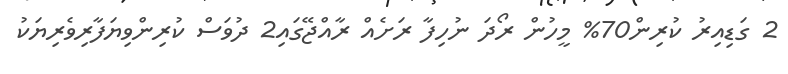
2 ގަޑިއިރު ކުރިން70% މީހުން ރޯދަ ނުހިފާ ރަށެއް ރާއްޖޭގައި2 ދުވަސް ކުރިންވިޔަފާރިވެރިޔަކު